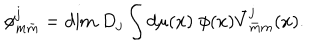
\phi _ { m \bar { m } } ^ { j } = \mathrm { d i m } \; D _ { j } \int d \mu ( x ) \; \phi ( x ) \bar { V } _ { \bar { m } m } ^ { j } ( x ) .